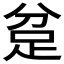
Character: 𮛍